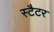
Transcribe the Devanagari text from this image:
स्टैटर